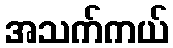
အသက်ကယ်